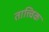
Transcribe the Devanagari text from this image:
तात्त्‍विक